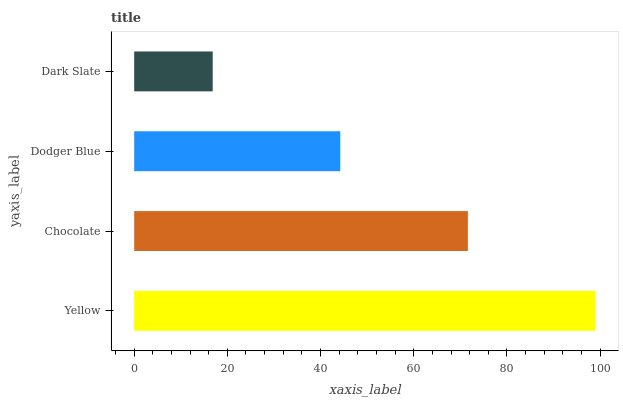
| yaxis_label | bars |
 | --- | --- |
 | Yellow | 99 |
 | Chocolate | 71.6 |
 | Dodger Blue | 44.2 |
 | Dark Slate | 16.9 |